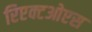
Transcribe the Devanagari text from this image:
रिएक्टओएस